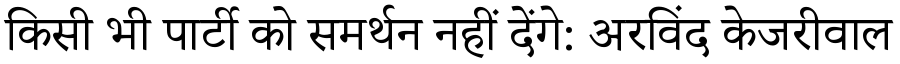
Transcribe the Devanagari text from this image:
किसी भी पार्टी को समर्थन नहीं देंगे: अरविंद केजरीवाल